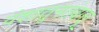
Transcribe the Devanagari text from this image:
वंशातूनतंबाखू